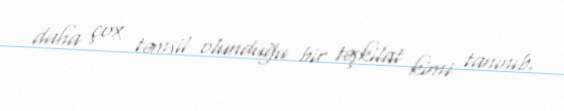
daha çox təmsil olunduğu bir təşkilat kimi tanınıb.